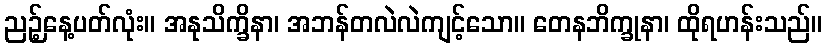
ညဉ့်နေ့ပတ်လုံး။ အနုသိက္ခိနာ၊ အဘန်တလဲလဲကျင့်သော။ တေနဘိက္ခုနာ၊ ထိုရဟန်းသည်။